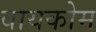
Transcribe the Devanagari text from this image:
वायकोम